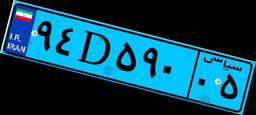
۹۴D۵۹۰۰۵